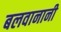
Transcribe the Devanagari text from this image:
बलवानानी